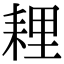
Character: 𦓵